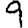
Digit: 9